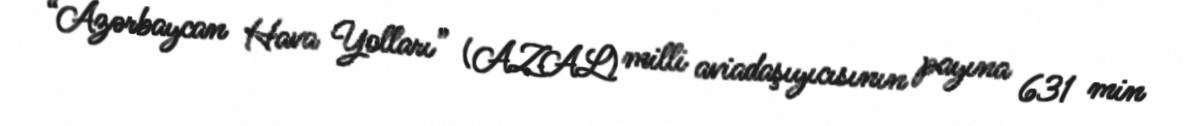
“Azərbaycan Hava Yolları” (AZAL) milli aviadaşıyıcısının payına 631 min